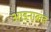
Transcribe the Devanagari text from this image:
आडनावात